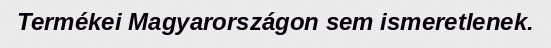
Termékei Magyarországon sem ismeretlenek.